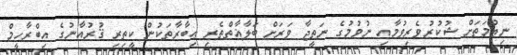
ނިޢުމަތަށް ޝުކުރުވެރިވުމާއި ނުވުމުގެ ނަތީޖާ ވަރަށް ބަލާޣާތްތެރި ޢިބާރާތަކުން ކީތިރި ޤުރުއާނުގެ އިބްރާހީމް